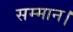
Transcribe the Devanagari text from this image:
सम्‍मान।